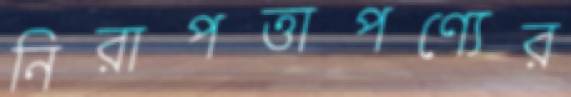
নিরাপত্তাপণ্যের